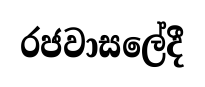
රජවාසලේදී